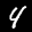
Label: 4